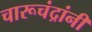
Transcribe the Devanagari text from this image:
चारूचंद्रांनी